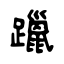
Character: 躐